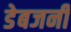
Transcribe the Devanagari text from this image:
डेबजनी